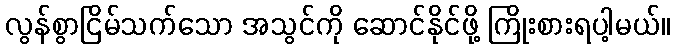
လွန်စွာငြိမ်သက်သော အသွင်ကို ဆောင်နိုင်ဖို့ ကြိုးစားရပါ့မယ်။